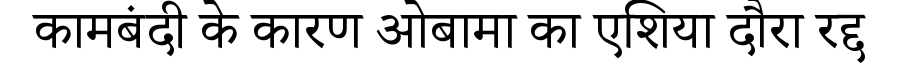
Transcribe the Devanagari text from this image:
कामबंदी के कारण ओबामा का एशिया दौरा रद्द